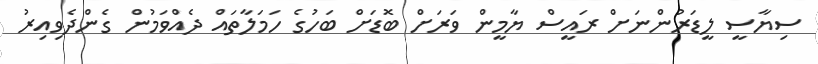
ސިޔާސީ ލީޑަރުންނަށް ރައީސް ޔާމީން ވަރަށް ބޮޑަށް ބަހުގެ ހަމަލާތައް ދެއްވަމުން ގެންދެވިއިރު